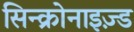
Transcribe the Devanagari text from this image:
सिन्क्रोनाइज़्ड